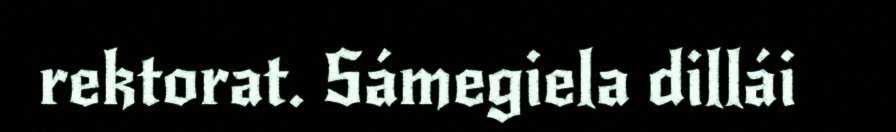
rektorat. Sámegiela dillái